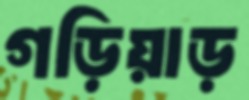
গড়িয়াড়